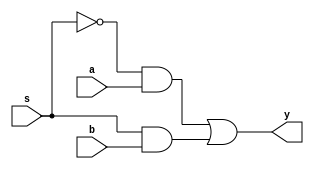
module mux2(a,b,s,y);      
   input a,b,s;   
   output reg y;
   
   always@(a,b,s) begin;
    y= (~s & a)| (s & b);
    
   end //  y = s'a + sb  (not really a register)
   endmodule  
     
// add code here to implement the multiplexer y = s'a + sb